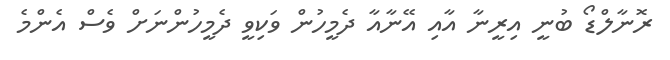
ރޮނާލްޑޯ ބުނީ އިރީނާ އާއި އޭނާއާ ދެމީހުން ވަކިވީ ދެމީހުންނަށް ވެސް އެންމެ